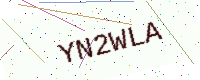
Text: YN2WLA